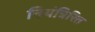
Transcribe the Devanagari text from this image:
नियंत्रिरित